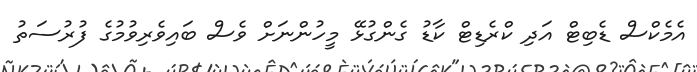
އެމެކްސް ޑެބިޓް އަދި ކްރެޑިޓް ކާޑު ގެންގުޅޭ މީހުންނަށް ވެސް ބައިވެރިވުމުގެ ފުރުސަތު